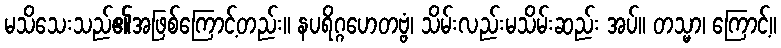
မသိသေးသည်၏အဖြစ်ကြောင့်တည်း။ နပရိဂ္ဂဟေတဗ္ဗံ၊ သိမ်းလည်းမသိမ်းဆည်း အပ်။ တသ္မာ၊ ကြောင့်။